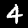
Label: 4